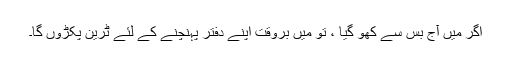
اگر میں آج بس سے کھو گیا ، تو میں بروقت اپنے دفتر پہنچنے کے لئے ٹرین پکڑوں گا۔